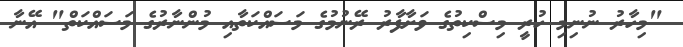
"މިހާރު ނުނިމި ހުރީ މިސްކިތުގެ ވަށާފާރު ރޭނުމުގެ މަސައްކަތާއި މުންނާރުގެ މަސައްކަތް" އޭނާ